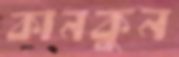
কানকুন